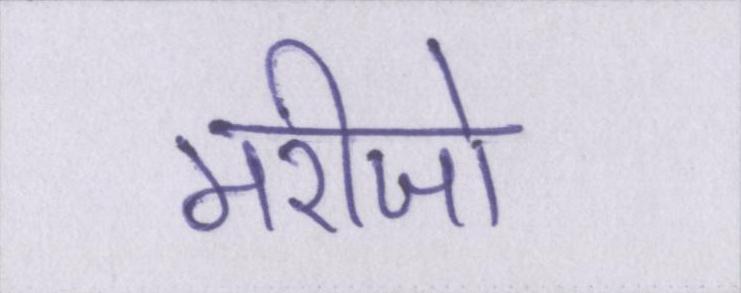
मरीजो